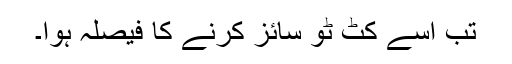
تب اِسے کٹ ٹو سائز کرنے کا فیصلہ ہوا۔